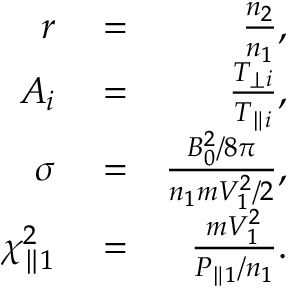
\begin{array} { r l r } { r } & { { } = } & { \frac { n _ { 2 } } { n _ { 1 } } , } \\ { A _ { i } } & { { } = } & { \frac { T _ { \perp i } } { T _ { \parallel i } } , } \\ { \sigma } & { { } = } & { \frac { B _ { 0 } ^ { 2 } / 8 \pi } { n _ { 1 } m V _ { 1 } ^ { 2 } / 2 } , } \\ { \chi _ { \parallel 1 } ^ { 2 } } & { { } = } & { \frac { m V _ { 1 } ^ { 2 } } { P _ { \parallel 1 } / n _ { 1 } } . } \end{array}